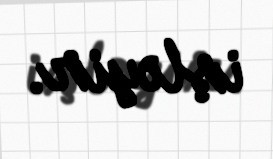
işləyir.